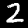
Digit: 2